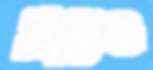
প্রান্তও